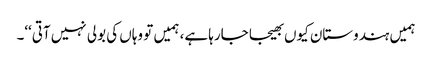
ہمیں ہندوستان کیوں بھیجا جارہا ہے، ہمیں تو وہاں کی بولی نہیں آتی‘‘۔